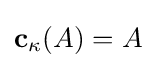
\mathbf {c} _{\kappa }(A)=A